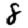
Digit: 8